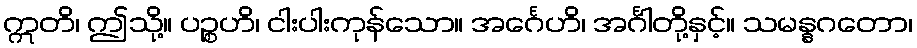
ဣတိ၊ ဤသို့။ ပဉ္စဟိ၊ ငါးပါးကုန်သော။ အင်္ဂေဟိ၊ အင်္ဂါတို့နှင့်။ သမန္နဂတော၊